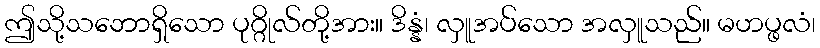
ဤသို့သဘောရှိသော ပုဂ္ဂိုလ်တို့အား။ ဒိန္နံ၊ လှူအပ်သော အလှူသည်။ မဟပ္ဖလံ၊